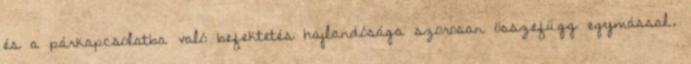
és a párkapcsolatba való befektetés hajlandósága szorosan összefügg egymással.